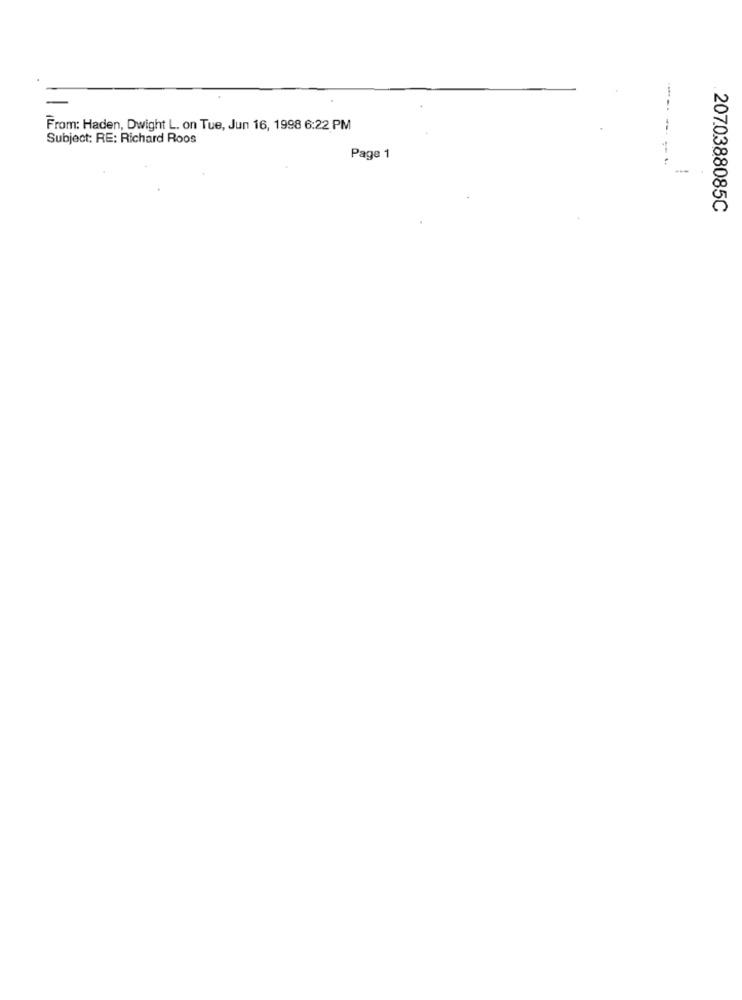
From: Haden, Dwight L. on Tue, Jun 16, 1998 6:22 PM
Subject: RE: Richard Roos
Page 1
2070388085C